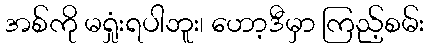
အစ်ကို မရှုံးရပါဘူး၊ ဟော့ဒီမှာ ကြည့်စမ်း